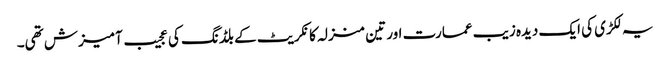
یہ لکڑی کی ایک دیدہ زیب عمارت اور تین منزلہ کانکریٹ کے بلڈنگ کی عجیب آمیزش تھی۔